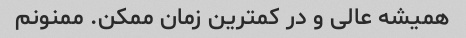
همیشه عالی و در کمترین زمان ممکن. ممنونم